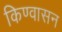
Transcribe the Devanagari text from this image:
किण्वासन